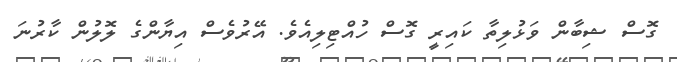
ގޮސް ޝިބާން ވަޅުލިތާ ކައިރީ ގޮސް ހުއްޓިލިއެވެ. އޭރުވެސް އިޔާންގެ ލޮލުން ކާރުނަ